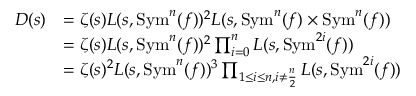
\begin{array} { r l } { D ( s ) } & { = \zeta ( s ) L ( s , \mathrm { S y m } ^ { n } ( f ) ) ^ { 2 } L ( s , \mathrm { S y m } ^ { n } ( f ) \times \mathrm { S y m } ^ { n } ( f ) ) } \\ & { = \zeta ( s ) L ( s , \mathrm { S y m } ^ { n } ( f ) ) ^ { 2 } \prod _ { i = 0 } ^ { n } L ( s , \mathrm { S y m } ^ { 2 i } ( f ) ) } \\ & { = \zeta ( s ) ^ { 2 } L ( s , \mathrm { S y m } ^ { n } ( f ) ) ^ { 3 } \prod _ { 1 \leq i \leq n , i \neq \frac { n } { 2 } } L ( s , \mathrm { S y m } ^ { 2 i } ( f ) ) } \end{array}